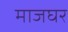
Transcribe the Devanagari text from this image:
माजघर